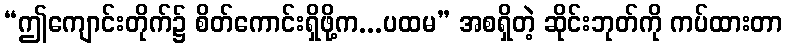
“ဤကျောင်းတိုက်၌ စိတ်ကောင်းရှိဖို့က...ပထမ” အစရှိတဲ့ ဆိုင်းဘုတ်ကို ကပ်ထားတာ